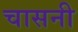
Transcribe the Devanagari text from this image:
चासनी